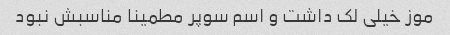
موز خیلی لک داشت و اسم سوپر مطمینا مناسبش نبود